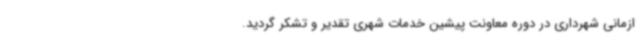
ازمانی شهرداری در دوره معاونت پیشین خدمات شهری تقدیر و تشکر گردید.